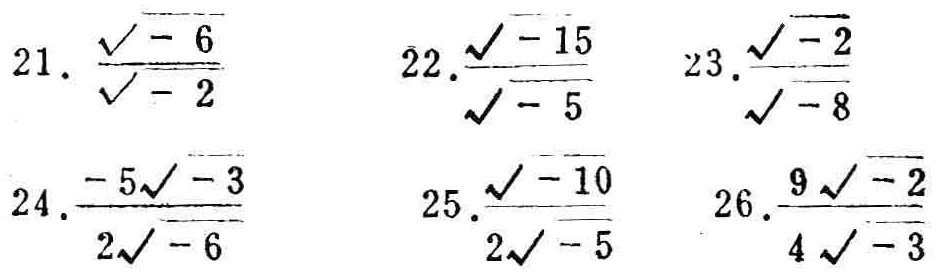
21. $\frac{\sqrt{-6}}{\sqrt{-2}}$
22. $\frac{\sqrt{-15}}{\sqrt{-5}}$
23. $\frac{\sqrt{-2}}{\sqrt{-8}}$
24. $\frac{-5\sqrt{-3}}{2\sqrt{-6}}$
25. $\frac{\sqrt{-10}}{2\sqrt{-5}}$
26. $\frac{9\sqrt{-2}}{4\sqrt{-3}}$